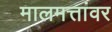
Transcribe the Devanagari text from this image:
मालमत्तांवर